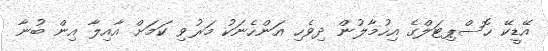
އޭޑީކޭ ހޮސްޕިޓަލްގެ އިހުމާލުން ދިވެހި އަންހެނަކު މަރުވި ކަމަށް އާއިލާ އިން ބުނާ